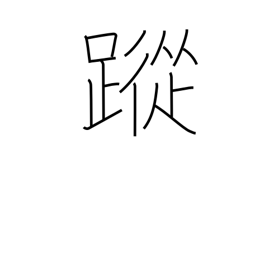
Meaning: footprints